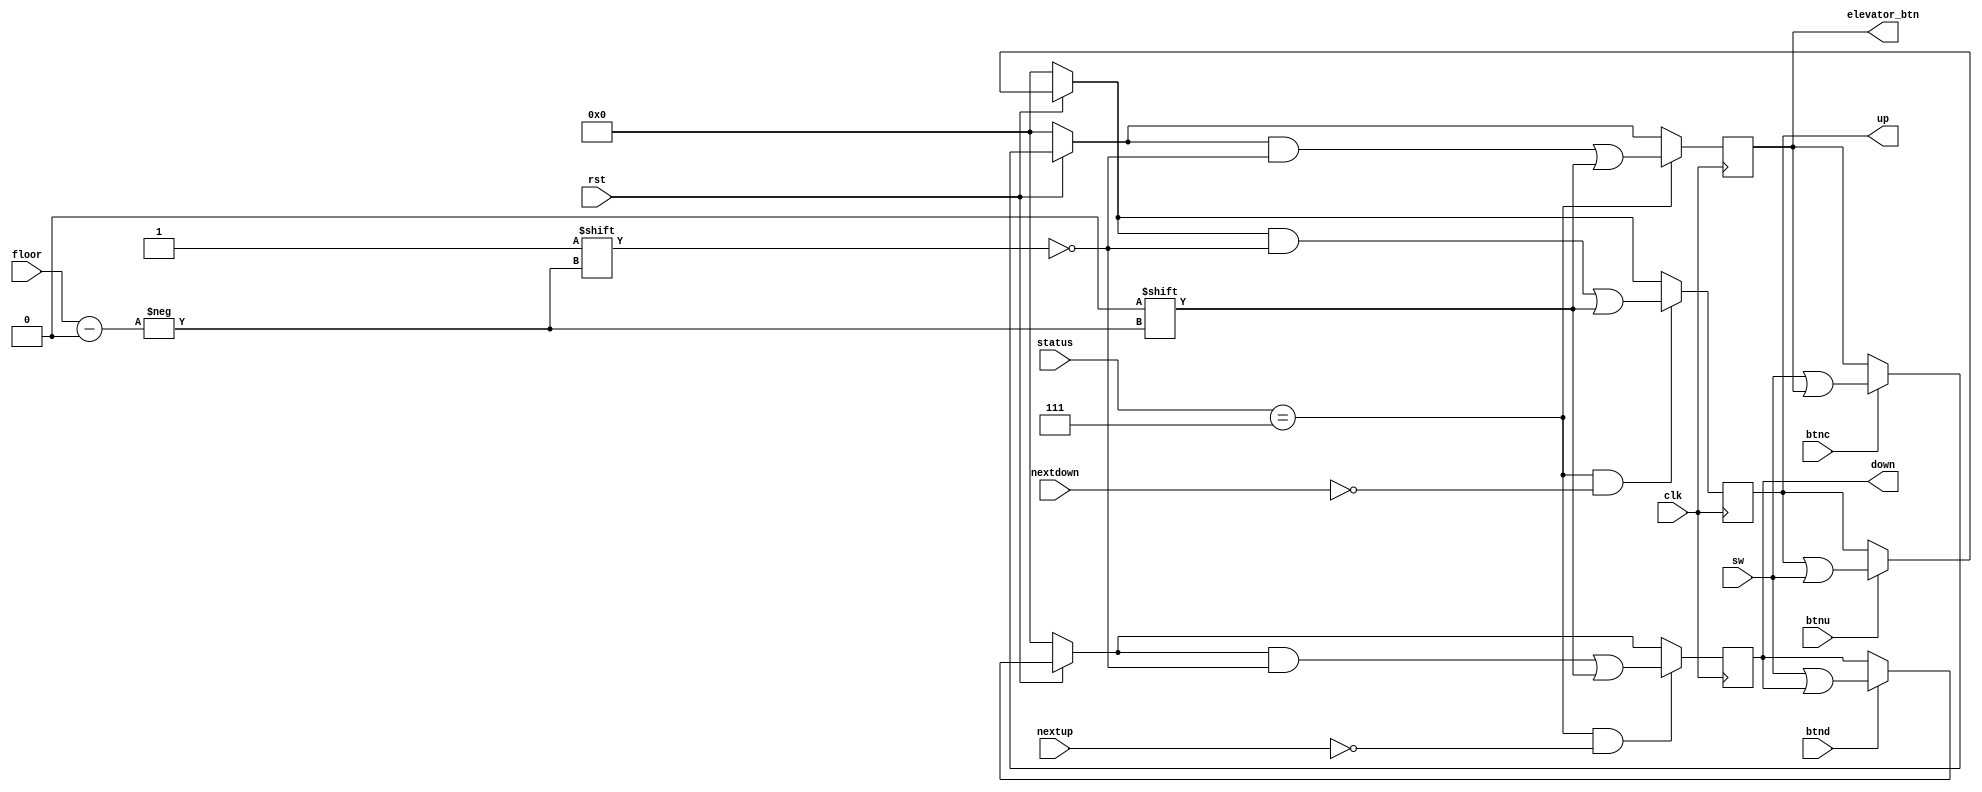
`timescale 1ns/1ns
/*
Module_Name: 		InputProcessor
Module_Function: 	Proccess all input record them and modify them
*/
module InputProcessor(sw, clk, btnc, btnu, btnd, up, down, 
		elevator_btn, floor, status, rst, nextup, nextdown);
    input [7:0] sw; 										// Input switch
    input [3:0] status;										// Input FSM status
    input [2:0] floor;										// Input current floor
    input btnu, btnd ,btnc ,clk, rst, nextup, nextdown;		// Input button for upcall downcall certain floor request
    output reg [7:0] up = 0;								// Upcall request 
    output reg [7:0] down = 0;								// Down call request
    output reg [7:0] elevator_btn = 0;						// Certain floor request
    
    initial begin
        up <= 0;    
        down <= 0;
        elevator_btn <= 0;
    end

	// record upcall(continues calls will only be considered once)
    always @(posedge clk) begin
      if(~rst)
        up = 0;
      else if(btnu)
        up = up|sw[7:0];									
	  if(status==7 && ~nextdown)
		up[floor] = 0;
	end
	// record downcall(continues calls will only be considered once)
	always @(posedge clk) begin
      if(~rst)
        down = 0;
      else if(btnd)
        down = sw[7:0] | down;
	  if(status==7 && ~nextup)
		down[floor] = 0;
	end
	// record certain floor's request(continues requests will only be considered once)
	always @(posedge clk) begin
      if(~rst)
	    elevator_btn = 0;
	  else if(btnc)
		elevator_btn = sw[7:0] | elevator_btn;
      if(status==7)
        elevator_btn[floor] = 0;
	end
            
endmodule

//	reg shutdownflag=0,setflag =0;
//	always @(posedge clk) begin
//	   if(rst)begin 
//	       shutdownflag  = 0;
//	       setflag = 0;
//	   end
//	   else begin
//	       if(setflag)
//	           shutdownflag = 0;
//	       else
//	           shutd
//	   end
//	end